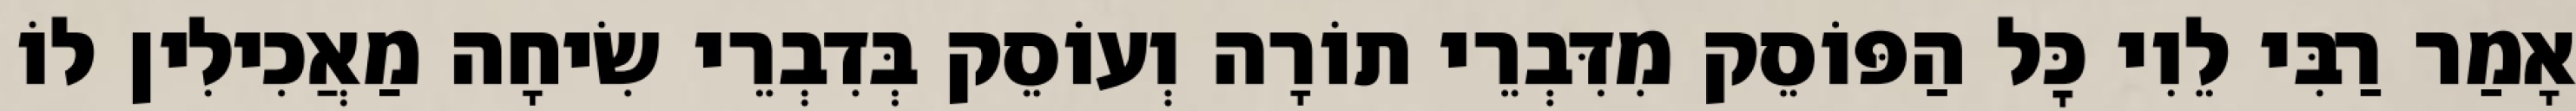
אָמַר רַבִּי לֵוִי כׇּל הַפּוֹסֵק מִדִּבְרֵי תוֹרָה וְעוֹסֵק בְּדִבְרֵי שִׂיחָה מַאֲכִילִין לוֹ